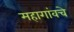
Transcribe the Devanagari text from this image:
महागांवचे